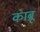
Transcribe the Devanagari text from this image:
काब्रू